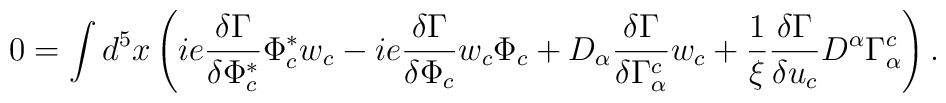
0= \int d^5 x \left( ie \frac{\delta\Gamma}{\delta \Phi^*_c} \Phi^*_cw_c - ie \frac{\delta\Gamma}{\delta \Phi_c} w_c \Phi_c + D_\alpha\frac{\delta\Gamma}{\delta\Gamma_\alpha^c} w_c + \frac{1}{\xi}\frac{\delta\Gamma}{\delta u_c} D^\alpha \Gamma_\alpha^c \right).